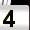
Digit: 4